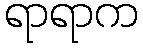
ရာရာက